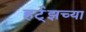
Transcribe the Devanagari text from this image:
हर्ट्‌झच्या